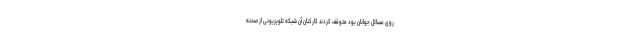
روی مسائل جوانان بود متوقف کردند کارکنان آن شبکه تلویزیونی از صحنه